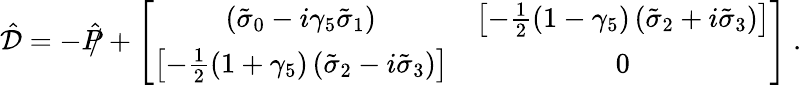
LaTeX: {\hat{\cal{D}}}=-{{\hat{P}}\llap/}+\left[\begin{array}{cc}{{\left({\tilde{\sigma}}_{0}-i{\gamma}_{5}{\tilde{\sigma}}_{1}\right)}}&{{\left[-\frac{1}{2}\left(1-\gamma_{5}\right)\left({\tilde{\sigma}}_{2}+i{\tilde{\sigma}}_{3}\right)\right]}}\\ {{\left[-\frac{1}{2}\left(1+\gamma_{5}\right)\left({\tilde{\sigma}}_{2}-i{\tilde{\sigma}}_{3}\right)\right]}}&{{0}}\end{array}\right]\ .